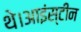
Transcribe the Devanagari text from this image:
थे।आइंस्टीन